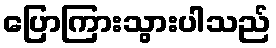
ပြောကြားသွားပါသည်